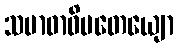
သမာဓာဓိပတေယျော